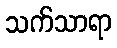
သက်သာရာ